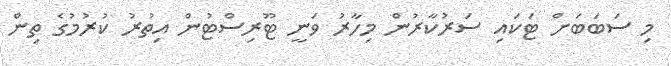
މި ސަބަބަށް ޓަކައި ސަރުކާރުން މިހާރު ވަނީ ޓޫރިިސްޓުން އިތުރު ކުރުމުގެ ތިން